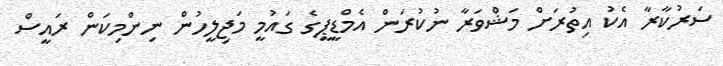
ސަރުކާރާ އެކު އިތުރަށް މަޝްވަރާ ނުކުރަން އެމްޑީޕީގެ ގައުމީ މަޖިލީހުން ނިންމިކަން ރައީސް